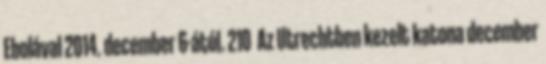
Ebolával 2014. december 6-ától. 210 Az Utrechtben kezelt katona december